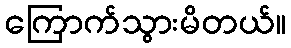
ကြောက်သွားမိတယ်။